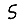
Digit: 5